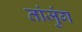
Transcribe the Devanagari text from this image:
तांजुंग